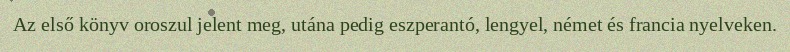
Az első könyv oroszul jelent meg, utána pedig eszperantó, lengyel, német és francia nyelveken.